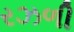
રઝળી